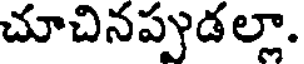
చూచినప్పుడల్లా.